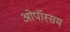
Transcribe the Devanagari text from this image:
ओपॉस्सम